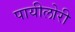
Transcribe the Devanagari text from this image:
पायीलोरी